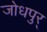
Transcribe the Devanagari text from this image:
जोधपुर्